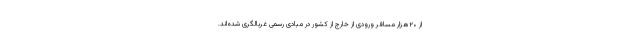
از ۲۰هزار مسافر ورودی از خارج از کشور در مبادی رسمی غربالگری شده‌اند.